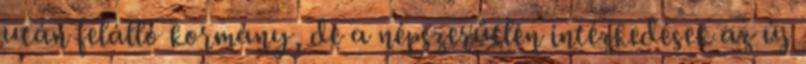
után felálló kormány, de a népszerűtlen intézkedések az új